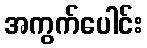
အကွက်ပေါင်း